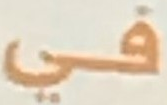
في